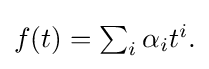
{\textstyle f(t)=\sum _{i}\alpha _{i}t^{i}.}